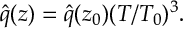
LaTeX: \hat { q } ( z ) = \hat { q } ( z _ { 0 } ) ( T / T _ { 0 } ) ^ { 3 } .